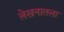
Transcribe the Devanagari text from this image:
लेखनातला